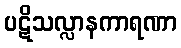
ပဋိသလ္လာနကာရဏာ